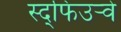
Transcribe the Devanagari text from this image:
स्द्फिउर्‍वे